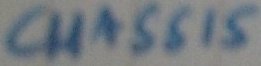
Text: CHASSIS